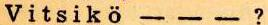
Vitsikö - - - ?